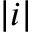
| i |